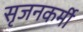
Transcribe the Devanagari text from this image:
सृजनकर्मी